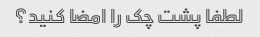
لطفا پشت چک را امضا کنید؟